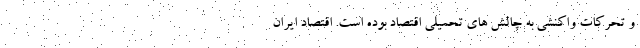
و تحرکات واکنشی به چالش های تحمیلی اقتصاد بوده است. اقتصاد ایران